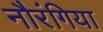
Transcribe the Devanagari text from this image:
नौरंगिया